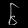
Digit: ၆